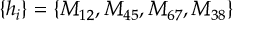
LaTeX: \left\{ h _ { i } \right\} = \left\{ M _ { 1 2 } , M _ { 4 5 } , M _ { 6 7 } , M _ { 3 8 } \right\}